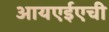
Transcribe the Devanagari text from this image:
आयएईएची